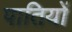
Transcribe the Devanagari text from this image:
पातियों